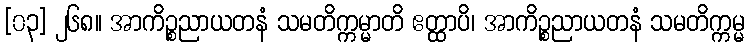
[၀၃] ၂၆၈။ အာကိဉ္စညာယတနံ သမတိက္ကမ္မာတိ ဧတ္ထာပိ၊ အာကိဉ္စညာယတနံ သမတိက္ကမ္မ